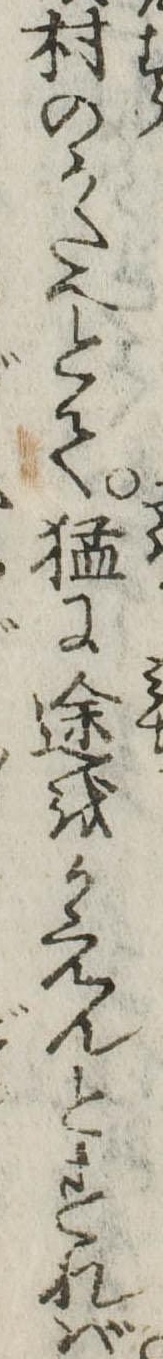
村のかたへとて猛に途をかえんとすれば